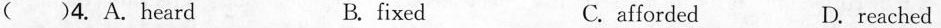
() 4.A.heard B.fixed C.affored D.reached